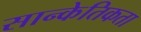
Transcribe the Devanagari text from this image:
सान्केतिकता